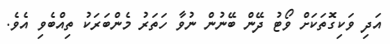
އަދި ވަކިގޮތަކަށް ވޯޓު ދޭން ބޭނުން ނުވާ ހަތަރު މެންބަރަކު ތިއްބެވި އެވެ.